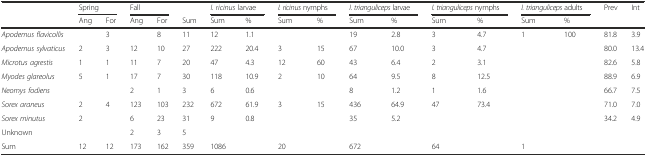
<table><thead><tr><td></td><td colspan="2"><b>Spring</b></td><td colspan="2"><b>Fall</b></td><td></td><td colspan="2"><b><i>I. ricinus</i> larvae</b></td><td colspan="2"><b><i>I. ricinus</i> nymphs</b></td><td colspan="2"><b><i>I. trianguliceps</i> larvae</b></td><td colspan="2"><b><i>I. trianguliceps</i> nymphs</b></td><td colspan="2"><b><i>I. trianguliceps</i> adults</b></td><td><b>Prev</b></td><td><b>Int</b></td></tr><tr><td></td><td><b>Ang</b></td><td><b>For</b></td><td><b>Ang</b></td><td><b>For</b></td><td><b>Sum</b></td><td><b>Sum</b></td><td><b>%</b></td><td><b>Sum</b></td><td><b>%</b></td><td><b>Sum</b></td><td><b>%</b></td><td><b>Sum</b></td><td><b>%</b></td><td><b>Sum</b></td><td><b>%</b></td><td></td><td></td></tr></thead><tbody><tr><td><i>Apodemus flavicollis</i></td><td></td><td>3</td><td></td><td>8</td><td>11</td><td>12</td><td>1.1</td><td></td><td></td><td>19</td><td>2.8</td><td>3</td><td>4.7</td><td>1</td><td>100</td><td>81.8</td><td>3.9</td></tr><tr><td><i>Apodemus sylvaticus</i></td><td>2</td><td>3</td><td>12</td><td>10</td><td>27</td><td>222</td><td>20.4</td><td>3</td><td>15</td><td>67</td><td>10.0</td><td>3</td><td>4.7</td><td></td><td></td><td>80.0</td><td>13.4</td></tr><tr><td><i>Microtus agrestis</i></td><td>1</td><td>1</td><td>11</td><td>7</td><td>20</td><td>47</td><td>4.3</td><td>12</td><td>60</td><td>43</td><td>6.4</td><td>2</td><td>3.1</td><td></td><td></td><td>82.6</td><td>5.8</td></tr><tr><td><i>Myodes glareolus</i></td><td>5</td><td>1</td><td>17</td><td>7</td><td>30</td><td>118</td><td>10.9</td><td>2</td><td>10</td><td>64</td><td>9.5</td><td>8</td><td>12.5</td><td></td><td></td><td>88.9</td><td>6.9</td></tr><tr><td><i>Neomys fodiens</i></td><td></td><td></td><td>2</td><td>1</td><td>3</td><td>6</td><td>0.6</td><td></td><td></td><td>8</td><td>1.2</td><td>1</td><td>1.6</td><td></td><td></td><td>66.7</td><td>7.5</td></tr><tr><td><i>Sorex araneus</i></td><td>2</td><td>4</td><td>123</td><td>103</td><td>232</td><td>672</td><td>61.9</td><td>3</td><td>15</td><td>436</td><td>64.9</td><td>47</td><td>73.4</td><td></td><td></td><td>71.0</td><td>7.0</td></tr><tr><td><i>Sorex minutus</i></td><td>2</td><td></td><td>6</td><td>23</td><td>31</td><td>9</td><td>0.8</td><td></td><td></td><td>35</td><td>5.2</td><td></td><td></td><td></td><td></td><td>34.2</td><td>4.9</td></tr><tr><td>Unknown</td><td></td><td></td><td>2</td><td>3</td><td>5</td><td></td><td></td><td></td><td></td><td></td><td></td><td></td><td></td><td></td><td></td><td></td><td></td></tr><tr><td>Sum</td><td>12</td><td>12</td><td>173</td><td>162</td><td>359</td><td>1086</td><td></td><td>20</td><td></td><td>672</td><td></td><td>64</td><td></td><td>1</td><td></td><td></td><td></td></tr></tbody></table>